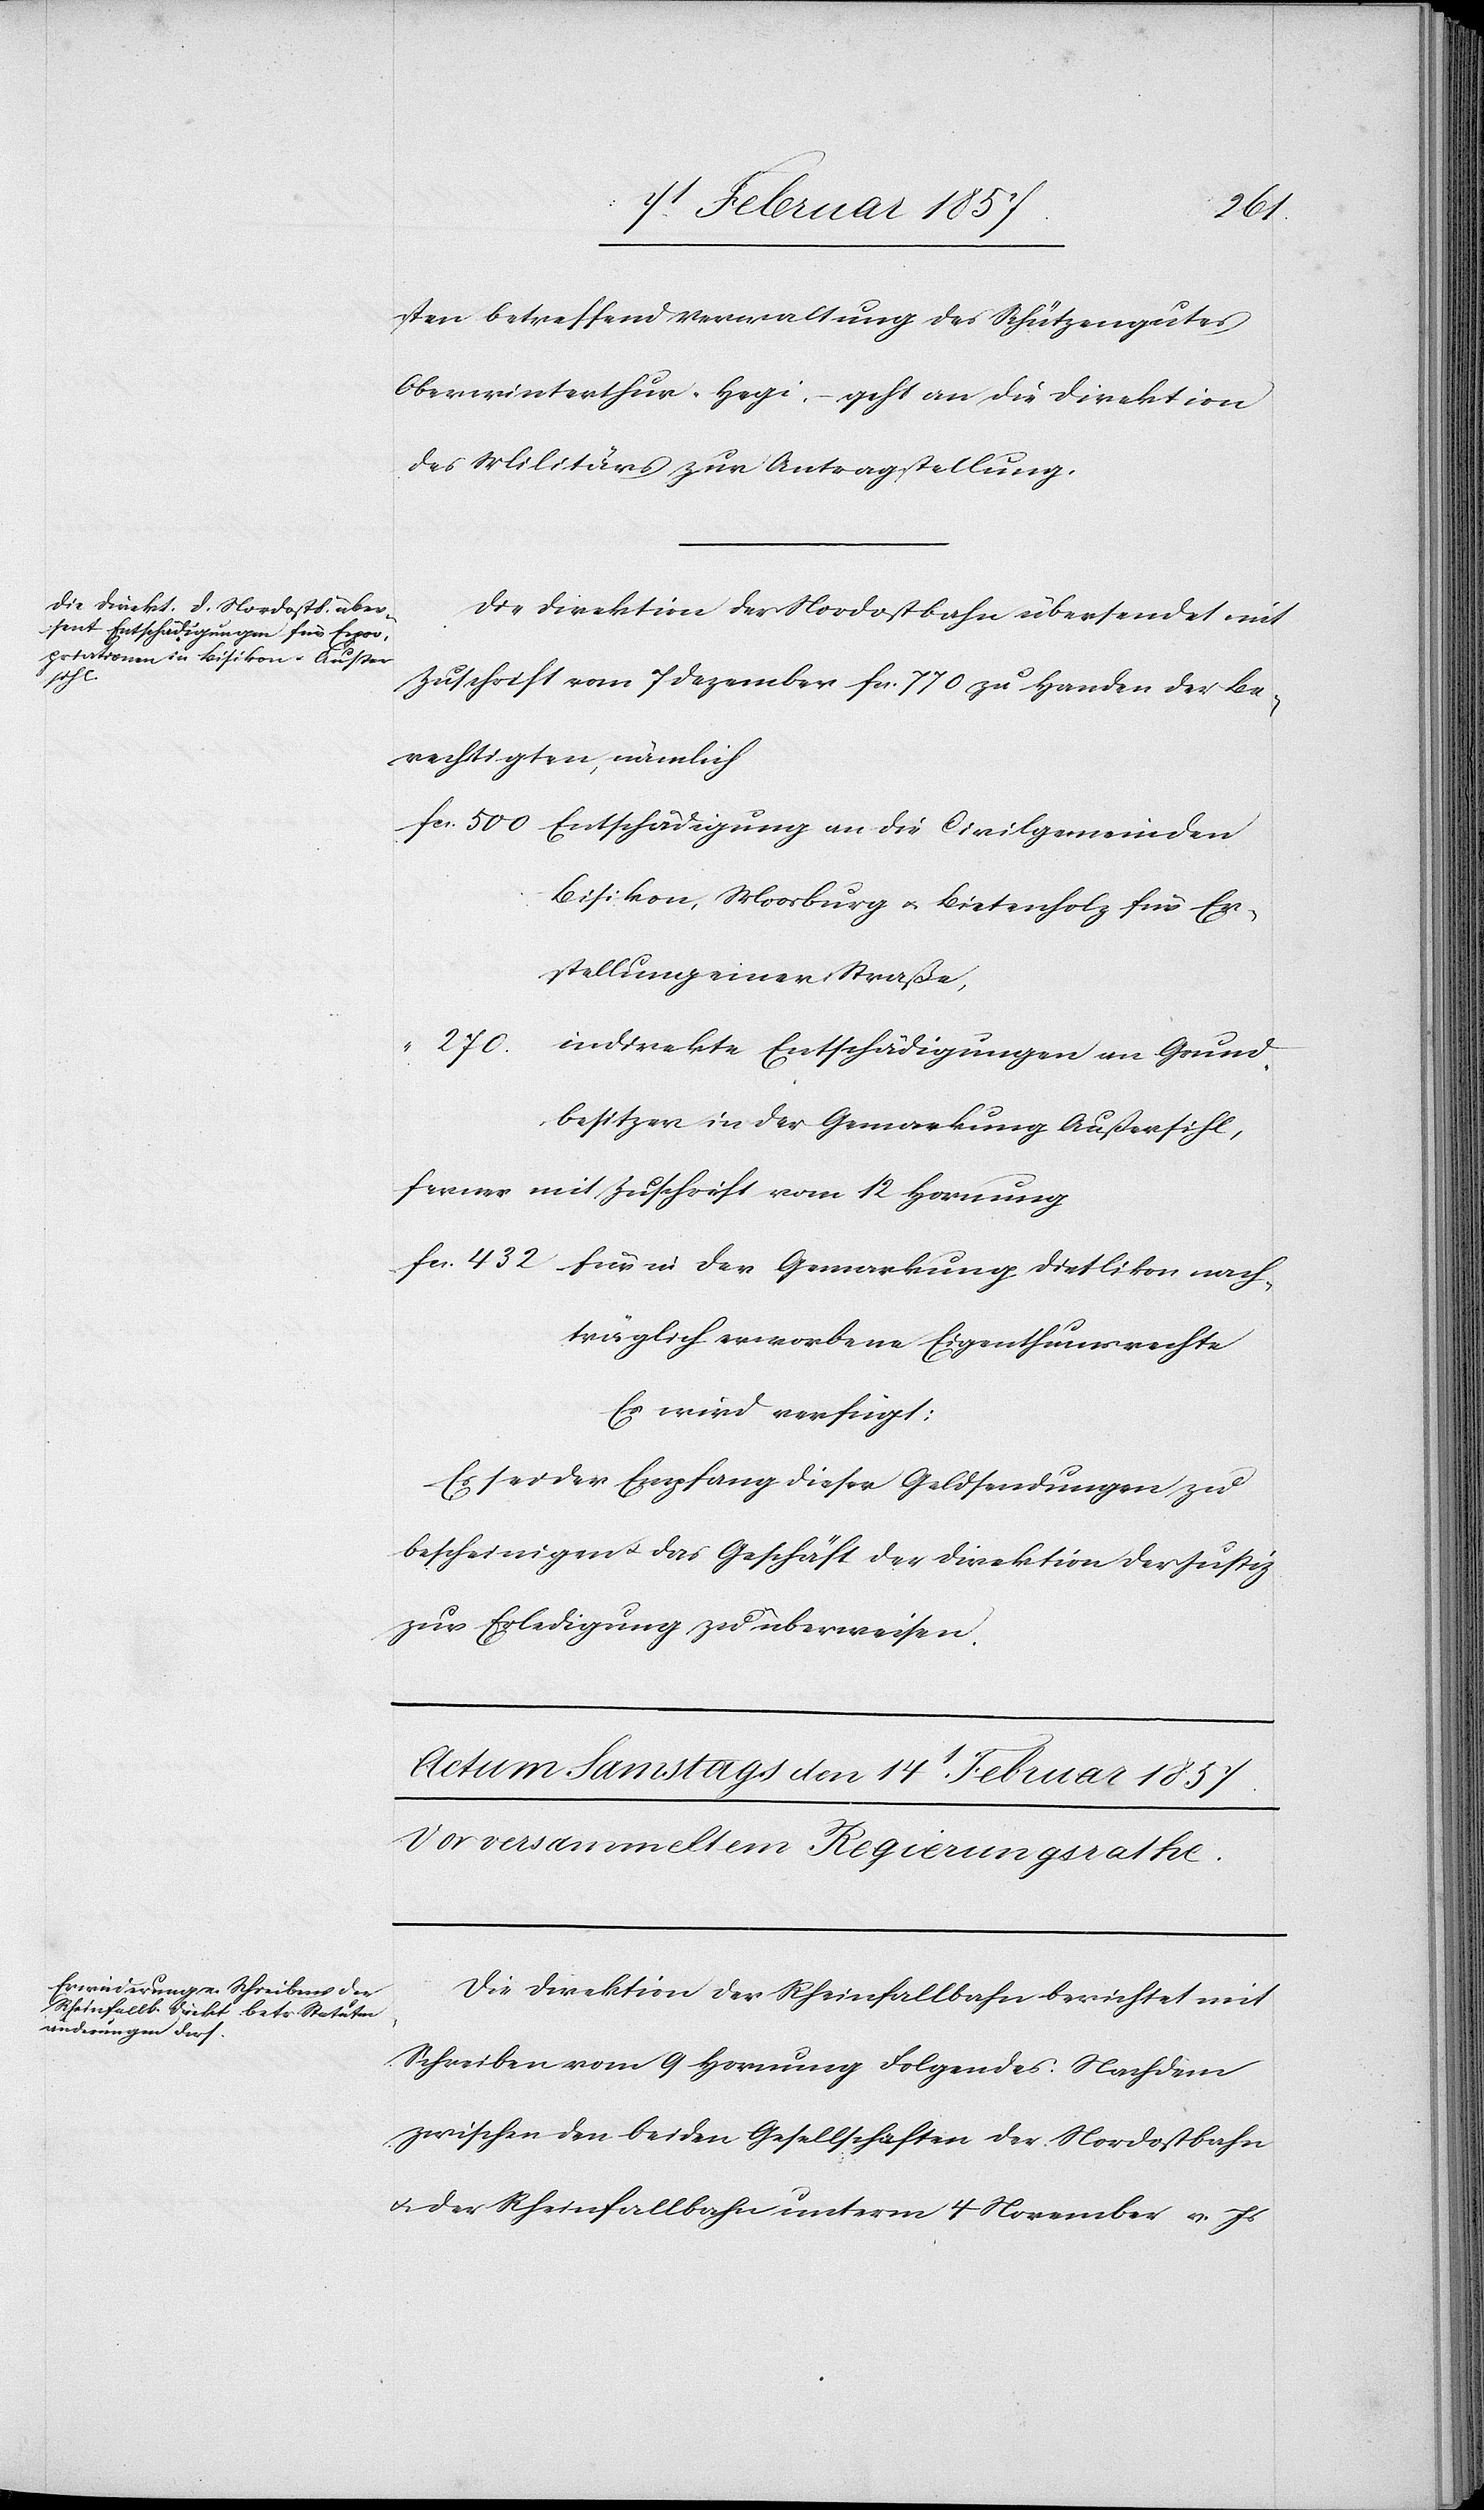
n13t Februar 1857.]
de¬
sten betreffend Verwaltung des Schützengutes
Oberwinterthur-Hegi, geht an die Direktion
des Militärs zur Antragstellung.
Die Direktion der Nordostbahn übersendet mit
Zuschrift vom 7 Dezember fr. 770 zu Handen der Be¬
rechtigten, nämlich
fr. 550	Entschädigung an die Civilgemeinden
Bisikon, Moosburg u. Bietenholz für Er¬
stellung einer Straße,
270.	indirekte Entschädigungen an Grund¬
besitzer in der Gemarkung Außersihl,
ferner mit Zuschrift vom 12 Hornung
fr. 432	für in der Gemarkung Dietlikon nach¬
träglich erworbene Eigenthumsrechte
Es wird verfügt:
Es sei der Empfang dieser Geldsendungen zu
bescheinigen u. das Geschäft der Direktion der Justiz
zur Erledigung zu überweisen.
Die Direktion der Rheinfallbahn berichtet mit
Schreiben vom 9 Hornung Folgendes: Nachdem
zwischen den beiden Gesellschaften der Nordostbahn
u. der Rheinfallbahn unterm 4 November v. Js